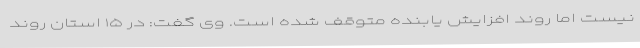
نیست اما روند افزایش یابنده متوقف شده است. وی گفت: در ۱۵ استان روند